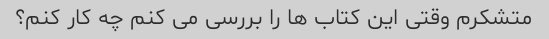
متشکرم وقتی این کتاب ها را بررسی می کنم چه کار کنم؟